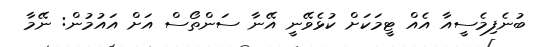
ބުނެފިމެސީއާ އެއް ޓީމަކަށް ކުޅެވޭނީ އޭނާ ސަންތޯސް އަށް އައުމުން: ނޭމާ